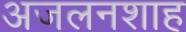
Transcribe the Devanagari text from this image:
अजलनशाह